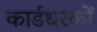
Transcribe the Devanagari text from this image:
कार्डधरकों